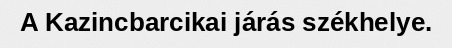
A Kazincbarcikai járás székhelye.